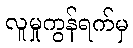
လူမှုကွန်ရက်မှ